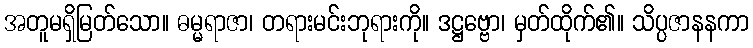
အတူမရှိမြတ်သော။ ဓမ္မရာဇာ၊ တရားမင်းဘုရားကို။ ဒဋ္ဌဗ္ဗော၊ မှတ်ထိုက်၏။ သိပ္ပဇာနနကာ